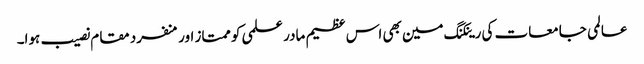
عالمی جامعات کی رینکنگ مین بھی اس عظیم مادر علمی کو ممتاز اور منفرد مقام نصیب ہوا۔